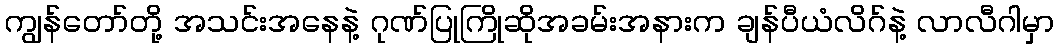
ကျွန်တော်တို့ အသင်းအနေနဲ့ ဂုဏ်ပြုကြိုဆိုအခမ်းအနားက ချန်ပီယံလိဂ်နဲ့ လာလီဂါမှာ